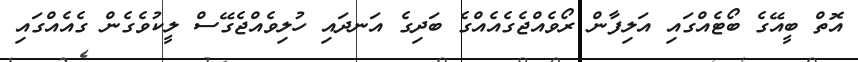
އޮތް ބީއޭގެ ބޯޓެއްގައި އަލިފާން ރޯވެއްޖެގެއެއްގެ ބަދިގެ އަނދައި ހުލިވެއްޖެގޭސް ލީކުވެގެން ގެއެއްގައި